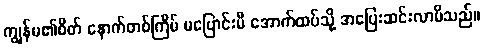
ကျွန်မ၏စိတ် နောက်တစ်ကြိမ် မပြောင်းမီ အောက်ထပ်သို့ အပြေးဆင်းလာမိသည်။